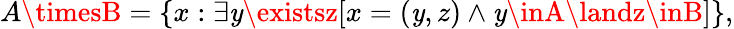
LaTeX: A\timesB=\{ x:\exists\mathit{y}\existsz[x=(\mathit{y},z)\land\mathit{y}\inA\landz\inB]\} ,